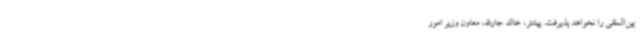
بین‌المللی را نخواهد پذیرفت. پیشتر، خالد جارالله، معاون وزیر امور